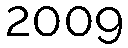
2009